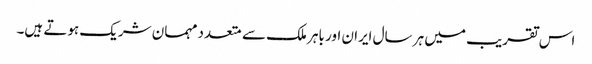
اس تقریب میں ہر سال ایران اور باہر ملک سے متعدد مہمان شریک ہوتے ہیں۔